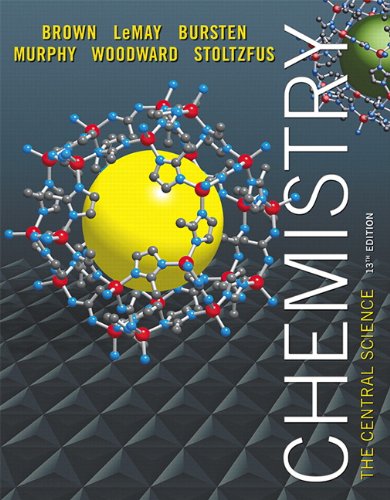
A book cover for Chemistry: The Central Science (13th Edition); Theodore E. Brown; Science & Math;